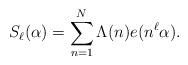
LaTeX: \begin{align*}S_{\ell}(\alpha)=\sum_{n=1}^{N} \Lambda(n) e(n^{\ell}\alpha).\end{align*}